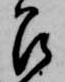
召